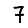
Digit: 7